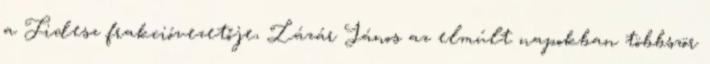
a Fidesz frakcióvezetője, Lázár János az elmúlt napokban többször